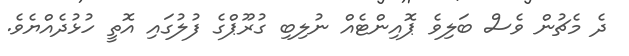
ދެ މެޗުން ވެސް ބަލިވެ ޕޮއިންޓެއް ނުލިބި ގުރޫޕްގެ ފުލުގައި އޮތީ ހުޅުދެއްޔެވެ.